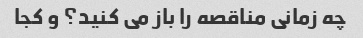
چه زمانی مناقصه را باز می کنید؟ و کجا